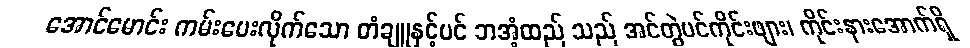
အောင်မောင်း ကမ်းပေးလိုက်သော တံချူနှင့်ပင် ဘအံ့ထည် သည် အင်တွဲပင်ကိုင်းဖျား၊ ကိုင်းနားအောက်ရှိ